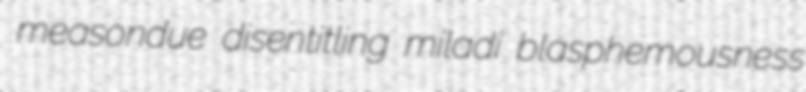
measondue disentitling miladi blasphemousness